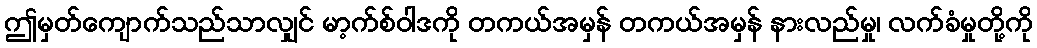
ဤမှတ်ကျောက်သည်သာလျှင် မာ့က်စ်ဝါဒကို တကယ်အမှန် တကယ်အမှန် နားလည်မှု၊ လက်ခံမှုတို့ကို